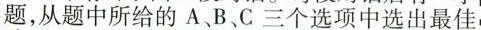
题,从题中所给的A、B、C三个选项中选出最佳